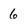
Character: 6